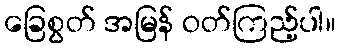
ခြေစွတ် အမြန် ဝတ်ကြည့်ပါ။